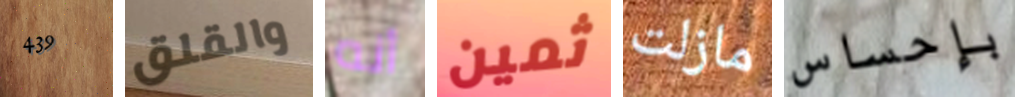
439 والقلق أنه ثمين مازلت بإحساس